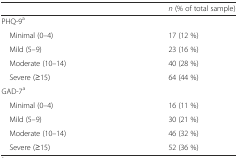
<table><thead><tr><td></td><td><b><i>n</i> (% of total sample)</b></td></tr></thead><tbody><tr><td>PHQ-9<sup>a</sup></td><td></td></tr><tr><td> Minimal (0–4)</td><td>17 (12 %)</td></tr><tr><td> Mild (5–9)</td><td>23 (16 %)</td></tr><tr><td> Moderate (10–14)</td><td>40 (28 %)</td></tr><tr><td> Severe (≥15)</td><td>64 (44 %)</td></tr><tr><td>GAD-7<sup>a</sup></td><td></td></tr><tr><td> Minimal (0–4)</td><td>16 (11 %)</td></tr><tr><td> Mild (5–9)</td><td>30 (21 %)</td></tr><tr><td> Moderate (10–14)</td><td>46 (32 %)</td></tr><tr><td> Severe (≥15)</td><td>52 (36 %)</td></tr></tbody></table>